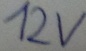
Text: 12V